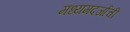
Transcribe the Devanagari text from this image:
मध्यमदर्जाची